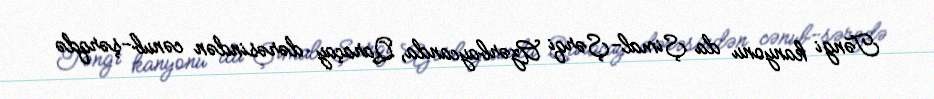
Təngi kanyonu da Şimal-Şərqi Azərbaycanda, Qaraçay dərəsindən cənub-şərqdə